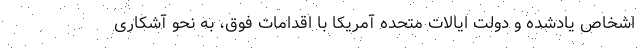
اشخاص یادشده و دولت ایالات متحده آمریکا با اقدامات فوق، به نحو آشکاری